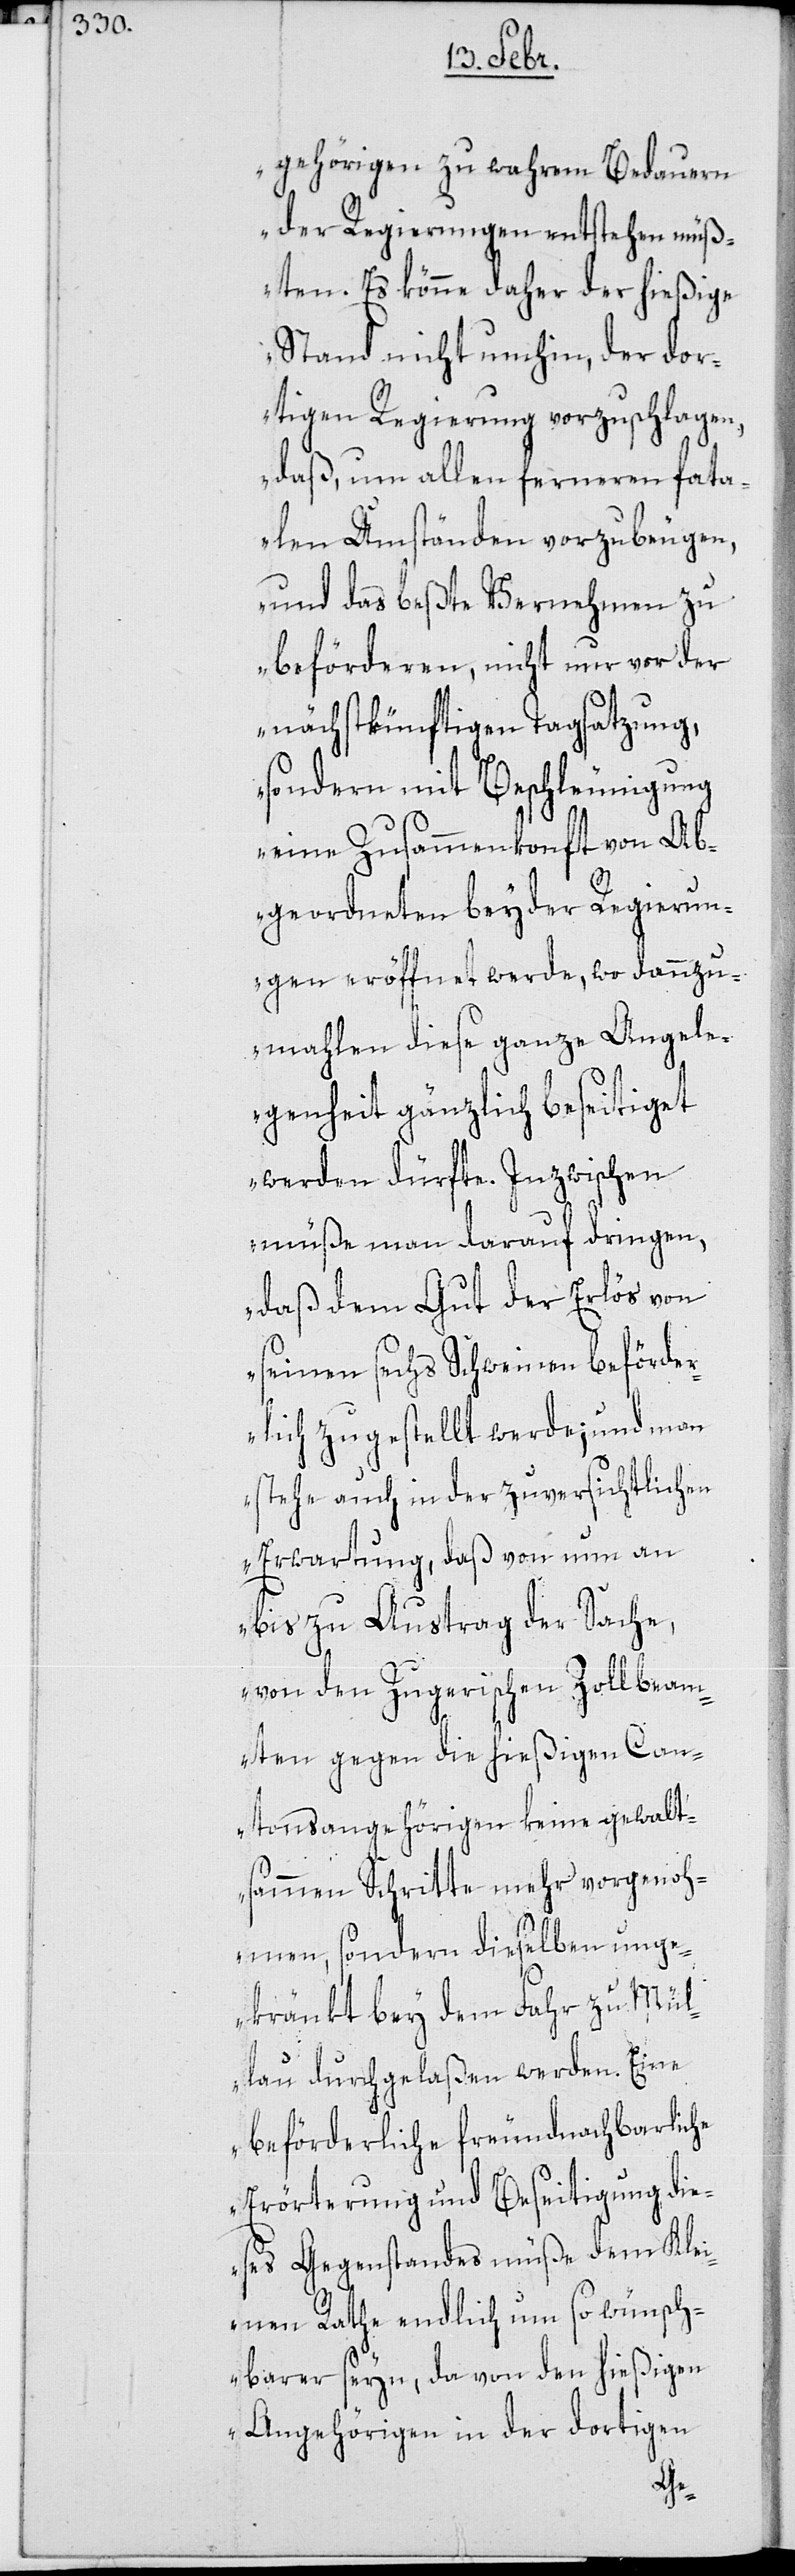
gehörigen zu wahrem Bedauern
der Regierungen entstehen müß¬
ten. Es könne daher der hießige
Stand nicht umhin, der dor¬
tigen Regierung vorzuschlagen,
daß um allen ferneren fata¬
len Umständen vorzubeugen,
und das beßte Vernehmen zu
beförderen, nicht nur vor der
nächstkünftigen Tagsatzung,
sondern mit Beschleunigung
eine Zusammenkonft von Ab¬
geordneten beyder Regierun¬
gen eröffnet werde, wo dannzu¬
mahlen diese ganze Angele¬
genheit gänzlich beseitiget
werden dürfte. Inzwischen
müße man darauf dringen,
daß dem Gut der Erlös von
seinen sechs Schweinen beförder¬
lich zugestellt werde; und man
stehe auch in der zuversichtlichen
Erwartung, daß von nun an
bis zu Austrag der Sache,
von den Zugerischen Zollbeam¬
ten gegen die hießigen Can¬
tonsangehörigen keine gewalt¬
sammen Schritte mehr vorgenoh¬
men, sondern dieselben unge¬
kränkt bey dem Fahr zu Mül¬
lau durchgelaßen werden. Eine
beförderliche freundnachbarliche
Erörterung und Beseitigung die¬
ses Gegenstandes müße dem Klei¬
nen Rathe endlich um so wünsch¬
barer seyn, da von den hießigen
Angehörigen in der dortigen